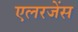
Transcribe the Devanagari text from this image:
एलरजेंस